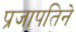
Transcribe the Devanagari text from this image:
प्रजापतिने